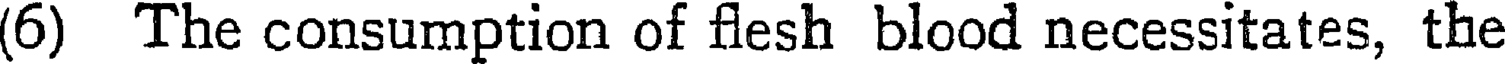
(6) The consumption of flesh blood necessitates, the